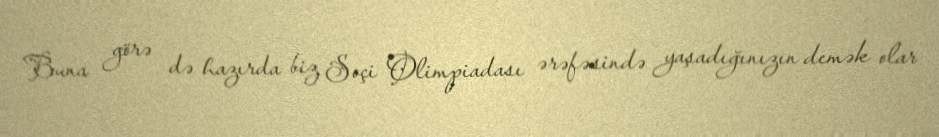
Buna görə də hazırda biz Soçi Olimpiadası ərəfəsində yaşadığınızın demək olar